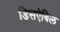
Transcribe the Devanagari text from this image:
डिसऐबिल